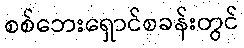
စစ်ဘေးရှောင်စခန်းတွင်